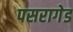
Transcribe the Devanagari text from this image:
पसरागेड